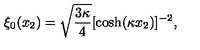
\xi _ { 0 } ( x _ { 2 } ) = \sqrt { \frac { 3 \kappa } { 4 } } [ \cosh ( \kappa x _ { 2 } ) ] ^ { - 2 } ,